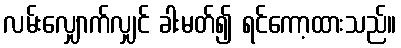
လမ်းလျှောက်လျှင် ခါးမတ်၍ ရင်ကော့ထားသည်။